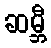
ဆမ္ဘီ